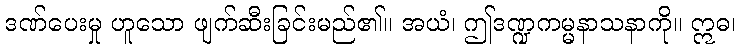
ဒဏ်ပေးမှု ဟူသော ဖျက်ဆီးခြင်းမည်၏။ အယံ၊ ဤဒဏ္ဍကမ္မနာသနာကို။ ဣဓ၊